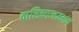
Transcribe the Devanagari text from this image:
करिकानम्मन